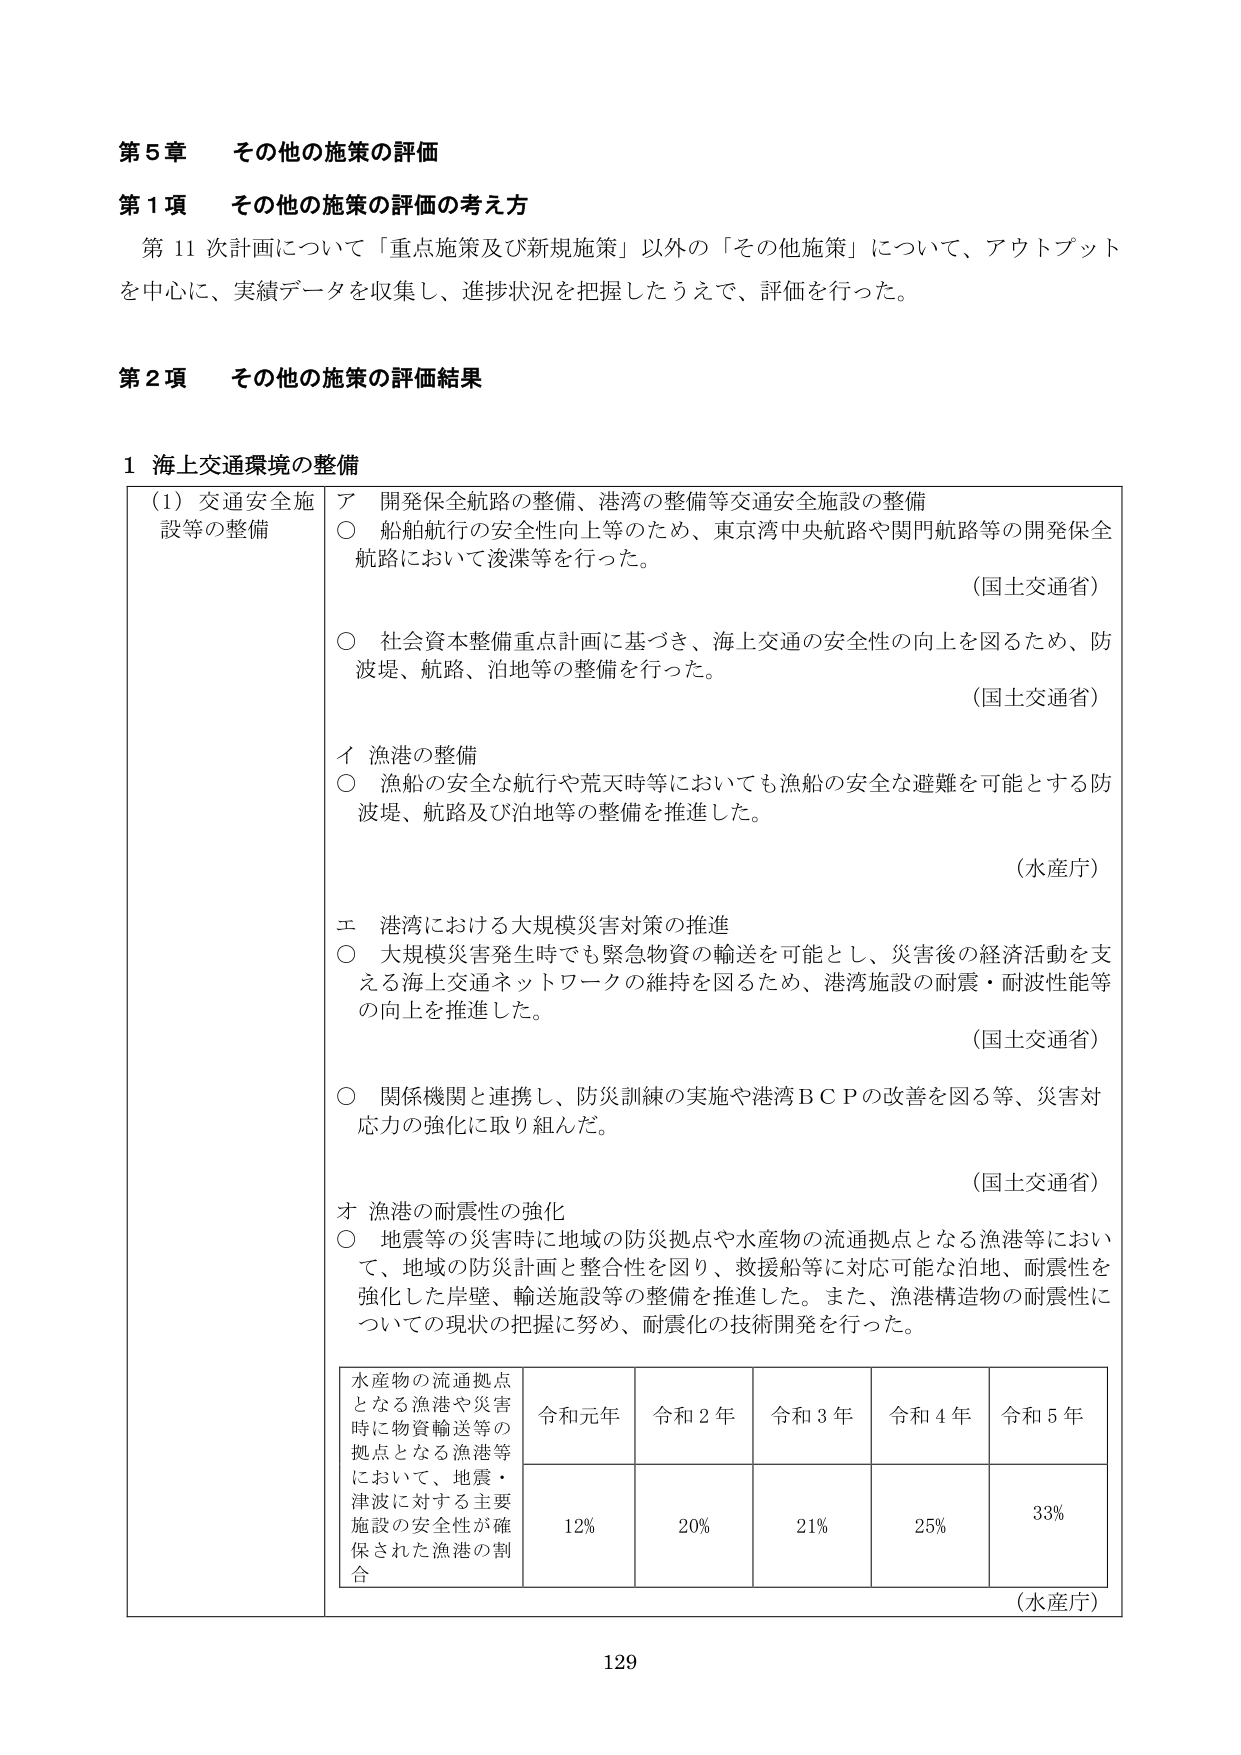
第５章 その他の施策の評価

第１項 その他の施策の評価の考え方
第11次計画について「重点施策及び新規施策」以外の「その他施策」について、アウトプットを中心に、実績データを収集し、進捗状況を把握したうえで、評価を行った。

第２項 その他の施策の評価結果

１ 海上交通環境の整備

（1）交通安全施設等の整備
ア 開発保全航路の整備、港湾の整備等交通安全施設の整備
○ 船舶航行の安全性向上等のため、東京湾中央航路や関門航路等の開発保全航路において浚渫等を行った。
（国土交通省）
○ 社会資本整備重点計画に基づき、海上交通の安全性の向上を図るため、防波堤、航路、泊地等の整備を行った。
（国土交通省）
イ 漁港の整備
○ 漁船の安全な航行や荒天時等においても漁船の安全な避難を可能とする防波堤、航路及び泊地等の整備を推進した。
（水産庁）
エ 港湾における大規模災害対策の推進
○ 大規模災害発生時でも緊急物資の輸送を可能とし、災害後の経済活動を支える海上交通ネットワークの維持を図るため、港湾施設の耐震・耐波性能等の向上を推進した。
（国土交通省）
○ 関係機関と連携し、防災訓練の実施や港湾ＢＣＰの改善を図る等、災害対応力の強化に取り組んだ。
（国土交通省）
オ 漁港の耐震性の強化
○ 地震等の災害時に地域の防災拠点や水産物の流通拠点となる漁港等において、地域の防災計画と整合性を図り、救援船等に対応可能な泊地、耐震性を強化した岸壁、輸送施設等の整備を推進した。また、漁港構造物の耐震性についての現状の把握に努め、耐震化の技術開発を行った。

水産物の流通拠点となる漁港や災害時に物資輸送等の拠点となる漁港等において、地震・津波に対する主要施設の安全性が確保された漁港の割合
令和元年 12%
令和２年 20%
令和３年 21%
令和４年 25%
令和５年 33%
（水産庁）

129